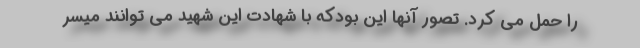
را حمل می کرد. تصور آنها این بودکه با شهادت این شهید می توانند میسر